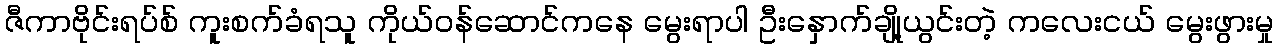
ဇီကာဗိုင်းရပ်စ် ကူးစက်ခံရသူ ကိုယ်ဝန်ဆောင်ကနေ မွေးရာပါ ဦးနှောက်ချို့ယွင်းတဲ့ ကလေးငယ် မွေးဖွားမှု